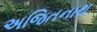
અજિતનાથ